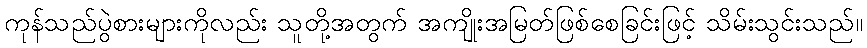
ကုန်သည်ပွဲစားများကိုလည်း သူတို့အတွက် အကျိုးအမြတ်ဖြစ်စေခြင်းဖြင့် သိမ်းသွင်းသည်။